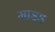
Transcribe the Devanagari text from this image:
माइड